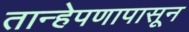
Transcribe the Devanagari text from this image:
तान्हेपणापासून